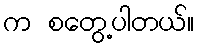
က စတွေ့ပါတယ်။